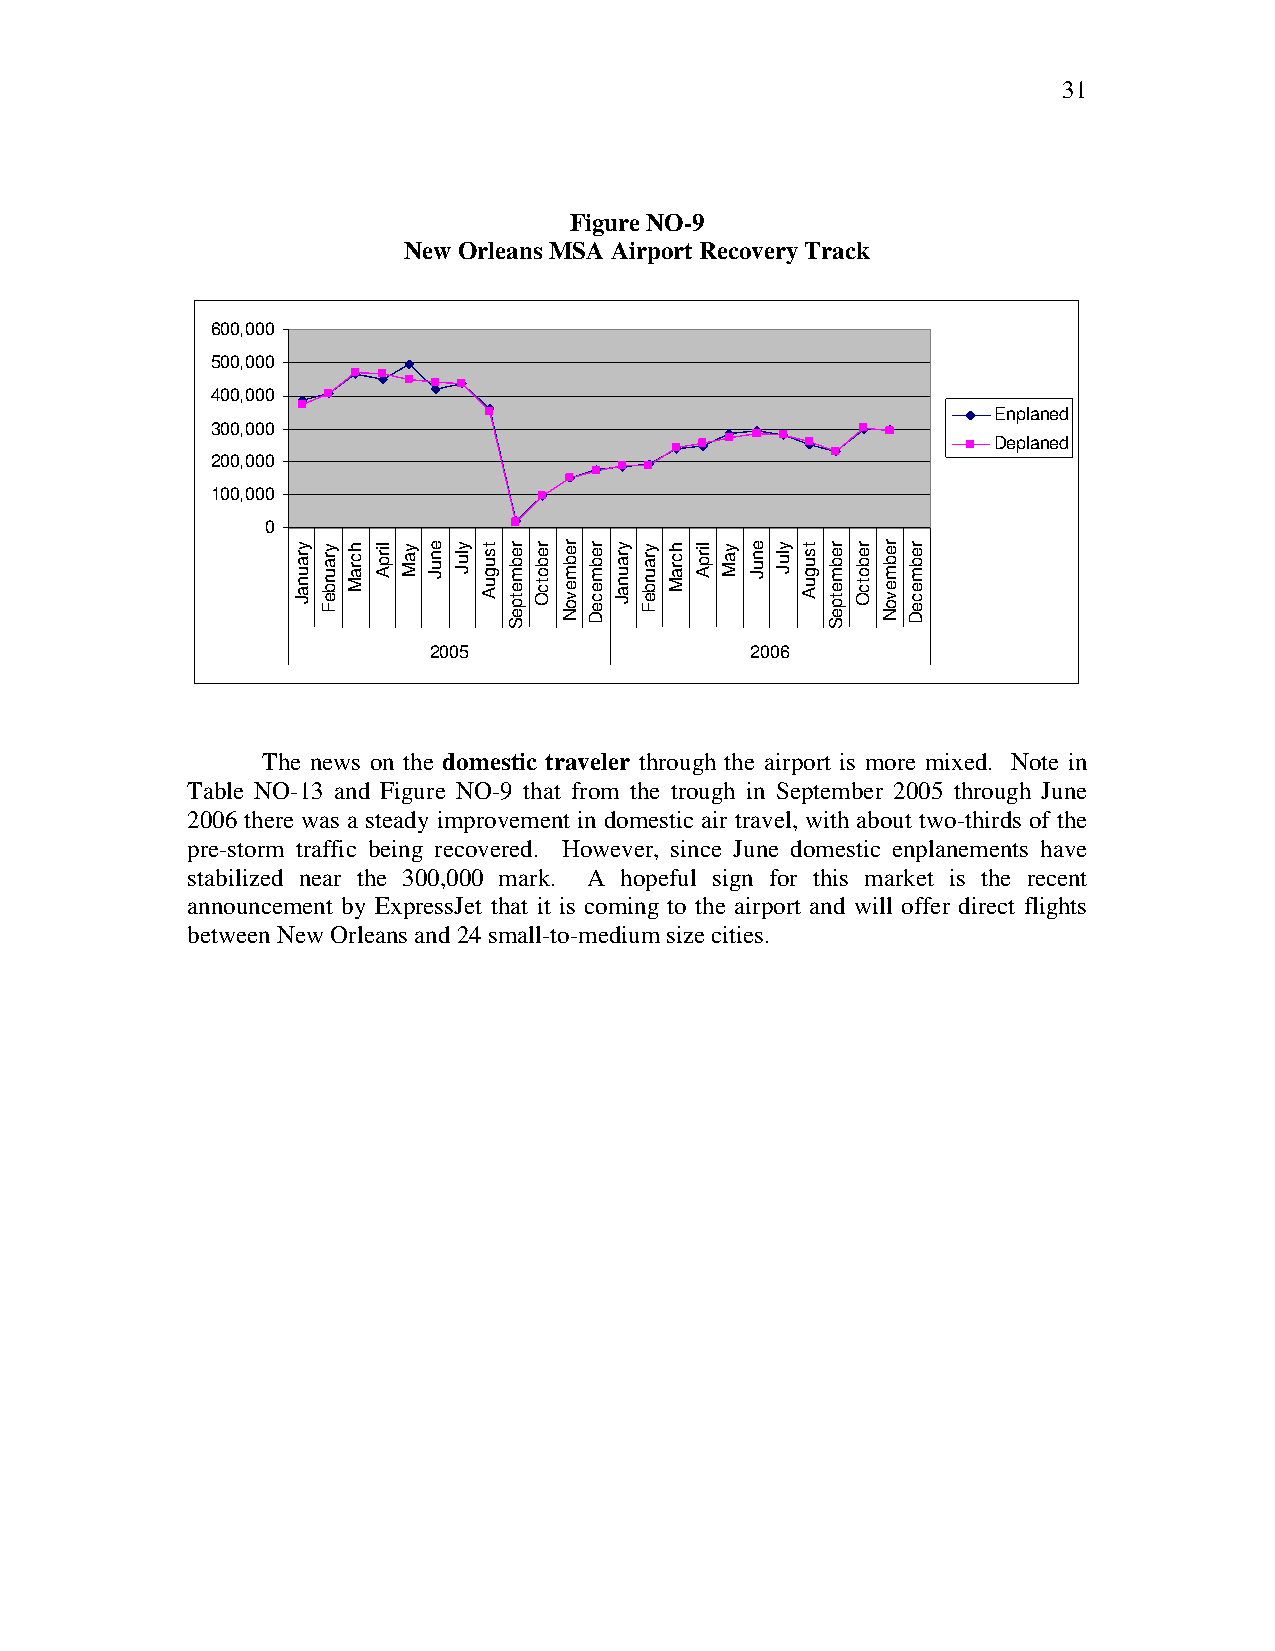
31
 Figure NO-9
 New Orleans MSA Airport Recovery Track
 600,000
 500,000
 400,000
 Enplaned
 300,000
 Deplaned
 200,000
 100,000
 0
 2005                  2006
 The news on the domestic traveler through the airport is more mixed. Note in
 Table NO-13 and Figure NO-9 that from the trough in September 2005 through June
 2006 there was a steady improvement in domestic air travel, with about two-thirds of the
 pre-storm traffic being recovered. However, since June domestic enplanements have
 stabilized near the 300,000 mark. A hopeful sign for this market is the recent
 announcement by ExpressJet that it is coming to the airport and will offer direct flights
 between New Orleans and 24 small-to-medium size cities.
 yraunaJ yraurbeF hcraM lirpA yaM enuJ yluJ tsuguA rebmetpeS rebotcO rebmevoN rebmeceD yraunaJ yraurbeF hcraM lirpA yaM enuJ yluJ tsuguA rebmetpeS rebotcO rebmevoN rebmeceD